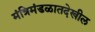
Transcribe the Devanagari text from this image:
मंत्रिमंडळातदेखील